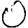
Digit: 0